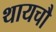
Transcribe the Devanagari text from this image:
थायचौ